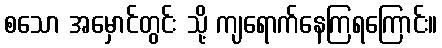
စသော အမှောင်တွင်း သို့ ကျရောက်နေကြရကြောင်း။